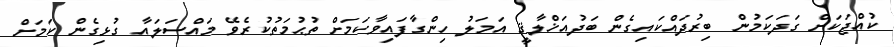
ކުއްޖަކަށް ގަދަކަމުން ބިރުދައްކައިގެން ބަދުއަޚްލާޤީ އަމަލު ހިންގާފައިވާކަމަށް ތުޙުމަތުކުރެވޭ މައްސަލައާ ގުޅިގެން ކަމަށް